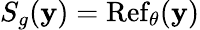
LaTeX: S_{g}(\mathbf{y})=\operatorname{Ref}_{\theta}(\mathbf{y})